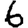
Digit: 6